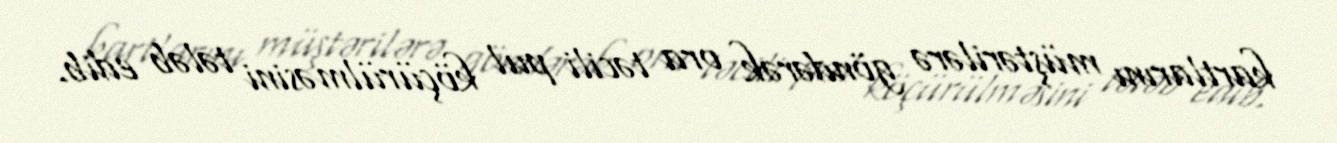
kartlarını müştərilərə göndərək ora təcili pul köçürülməsini tələb edib.